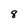
Character: 8